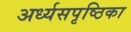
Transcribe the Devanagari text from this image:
अर्ध्यसपृष्ठिका